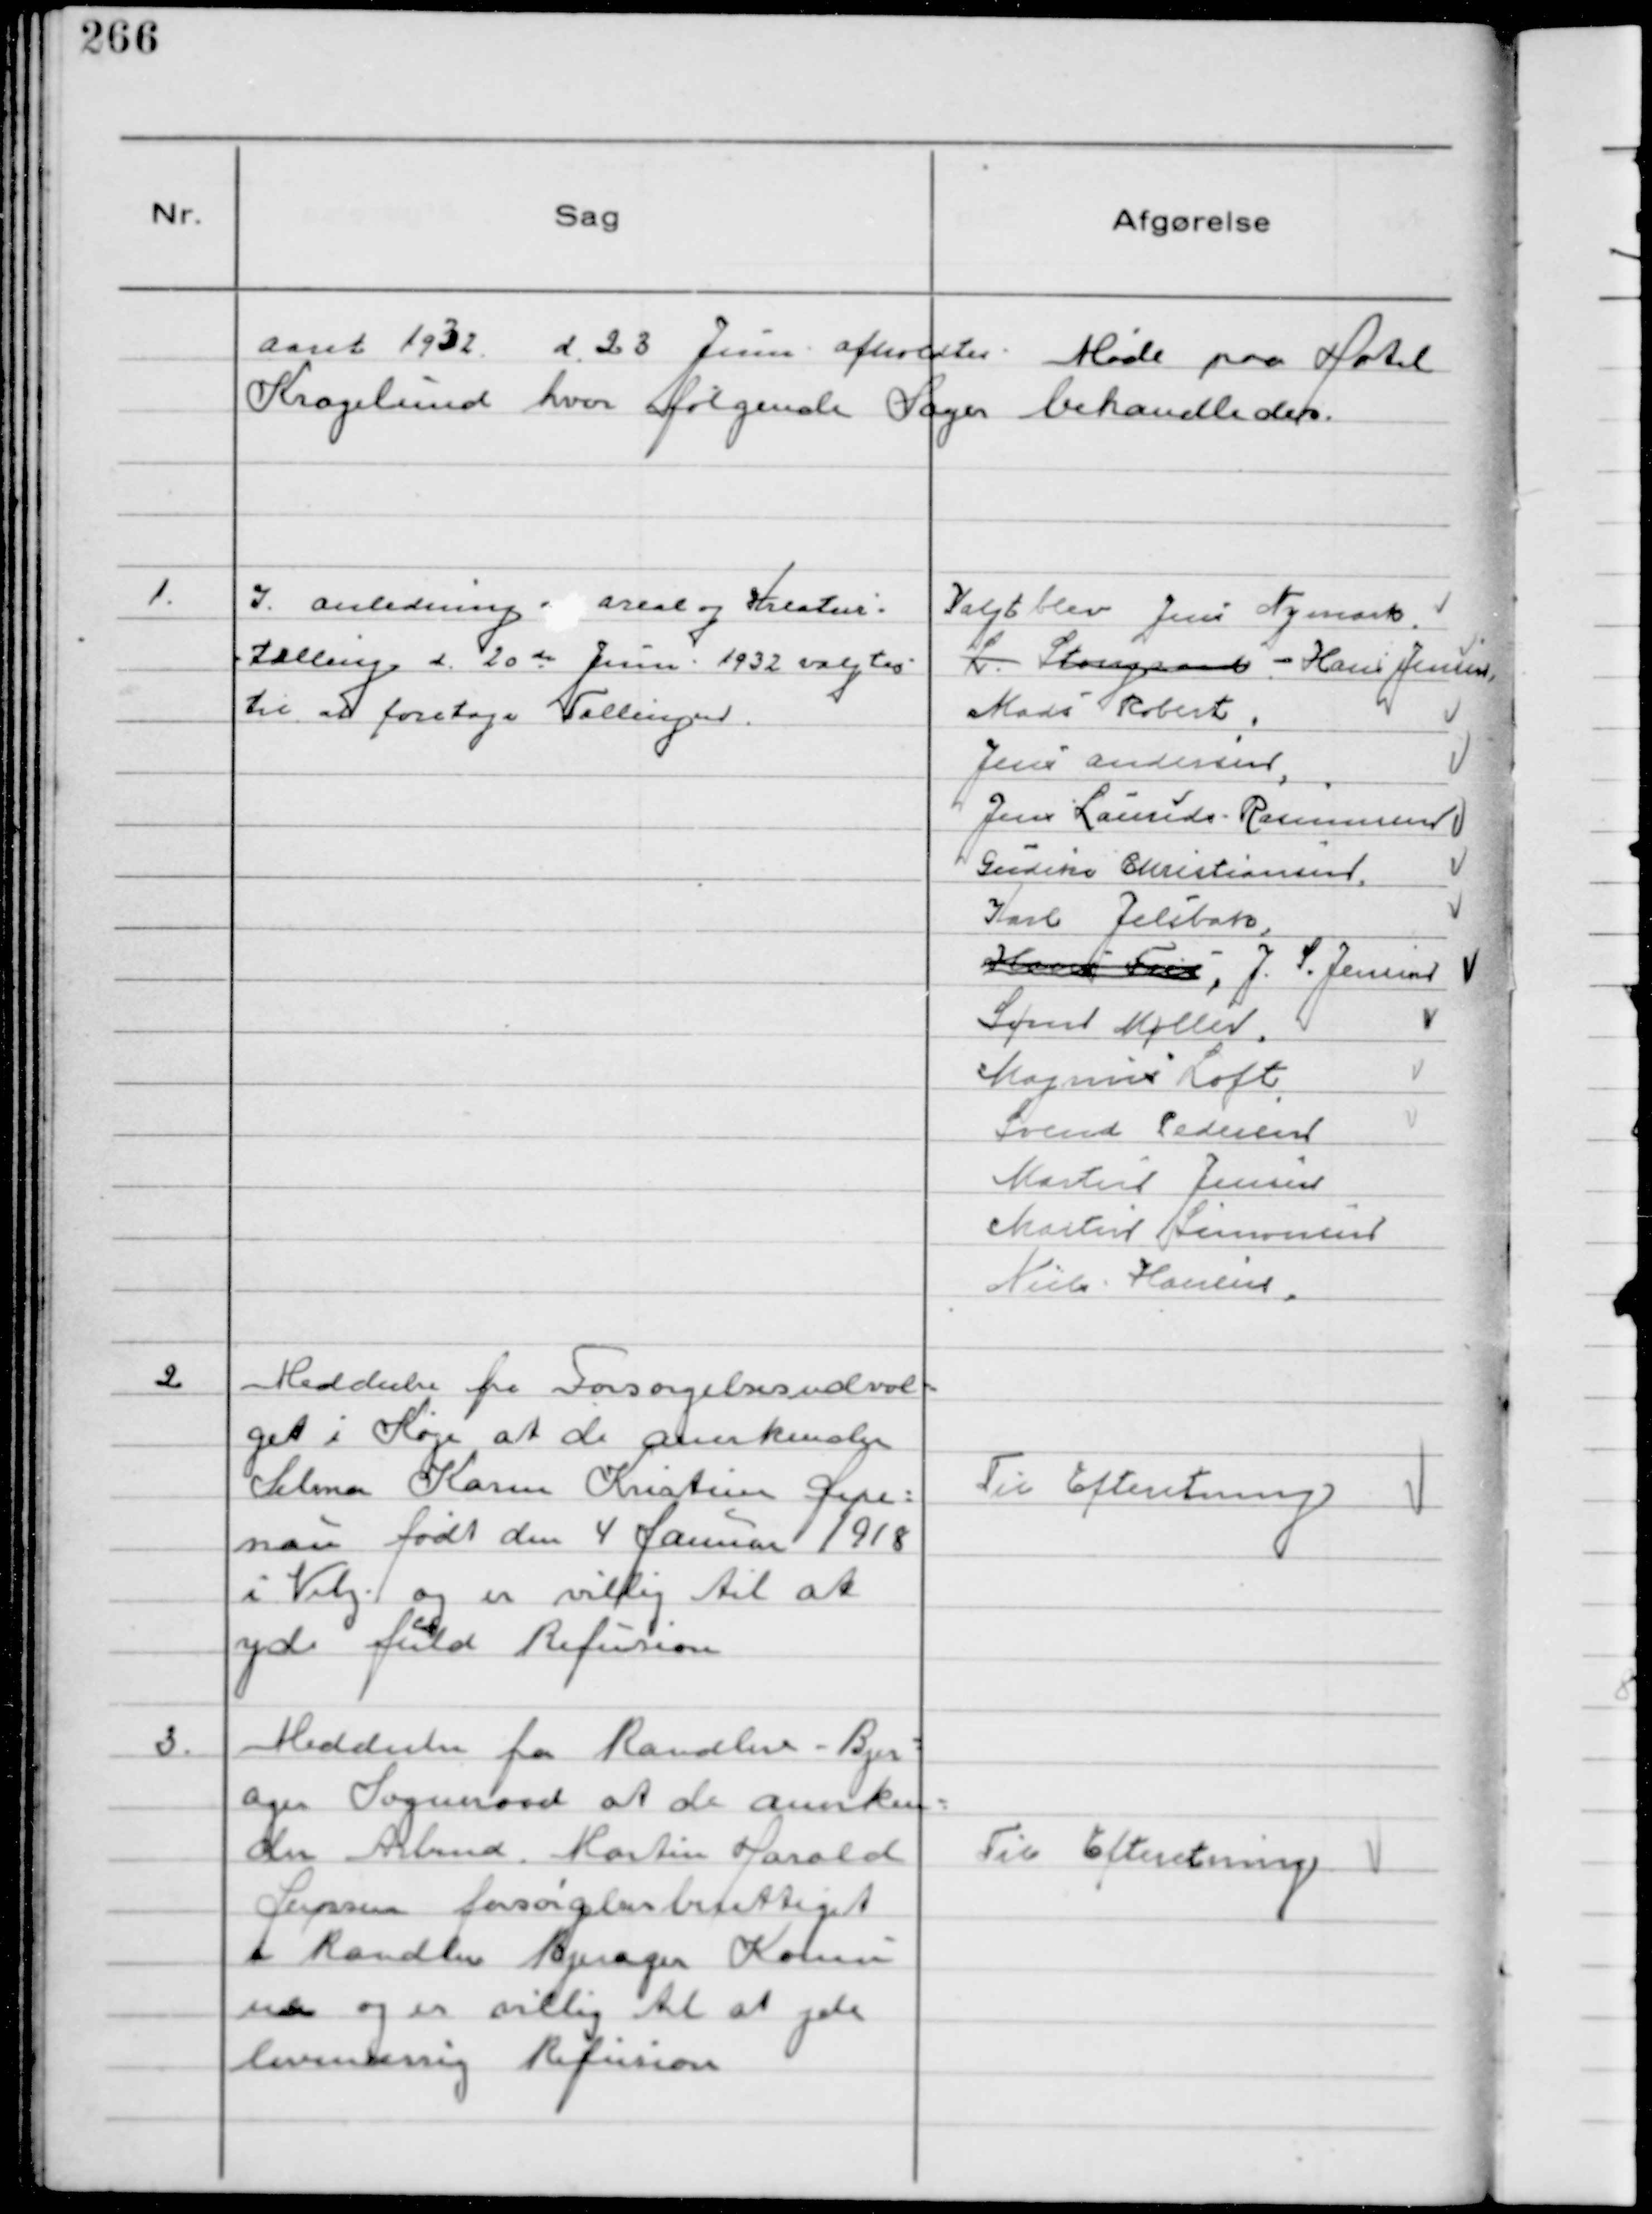
Transskription:
Aaret 1932 d. 23 Juni afholdtes Møde paa Hotel
Kragelund hvor følgende Sager behandledes.

1.
I anledning af areal og Kreatur-
tælling d. 20 de Juni 1932 valgtes
til at foretage Tællingen

Valgt blev Jens Nymark.
L. Stougaard - Hans Jensen,
Mads Robert,
Jens Andersen,
Jens Laurids Rasmussen
Gudike Christiansen,
Karl Jelsbak,
Hans Fris, J. S. Jensen
Søren Møller,
Magnus Loft
Svend Pedersen
Martin Jensen
Martin Simonsen
Niels Hansen.

2
Meddeelse fra Forsørgelsesudval-
get i Køge at de anerkender
Selma Karen Kristine Depe-
man født den 4 Januar 1918
i Viby og er villig til at 
yde fuld Refusion

Til Efteretning

3.
Meddeelse fra Randlev - Bjer-
ager Sogneraad at de anerken-
der Arbmd. Martin Harold
Jensen forsørgelsesberettiget
i Randlev Bjerager Kommu
ne og er villig til at yde
lovmæssig Refusion

Til Efteretning